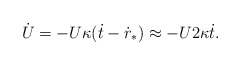
\begin{align*}\dot{U} = -U \kappa (\dot{t} - \dot{r}_*) \approx -U 2 \kappa \dot{t}.\end{align*}